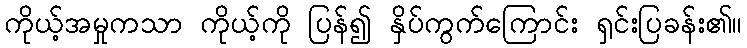
ကိုယ့်အမှုကသာ ကိုယ့်ကို ပြန်၍ နှိပ်ကွက်ကြောင်း ရှင်းပြခန်း၏။